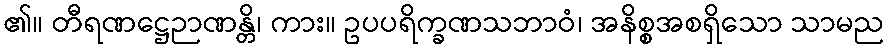
၏။ တီရဏဋ္ဌေဉာဏန္တိ၊ ကား။ ဥပပရိက္ခဏသဘာဝံ၊ အနိစ္စအစရှိသော သာမည